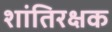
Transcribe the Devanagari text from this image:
शांतिरक्षक